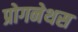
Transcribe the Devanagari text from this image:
प्रोगनेथस